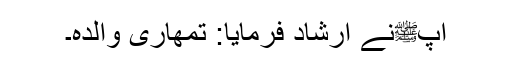
آپﷺنے ارشاد فرمایا: تمھاری والدہ۔